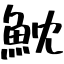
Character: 魫